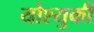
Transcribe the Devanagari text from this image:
योश्युकी